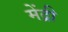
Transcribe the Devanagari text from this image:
मेंद्री